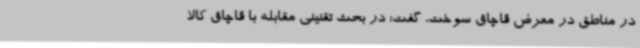
در مناطق در معرض قاچاق سوخت، گفت: در بحث تقنینی مقابله با قاچاق کالا